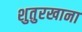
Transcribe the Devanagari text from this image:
शुतुरखाना